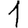
Digit: 1